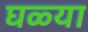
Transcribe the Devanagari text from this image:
घळ्या